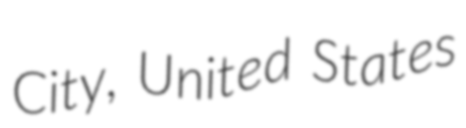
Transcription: City, United States